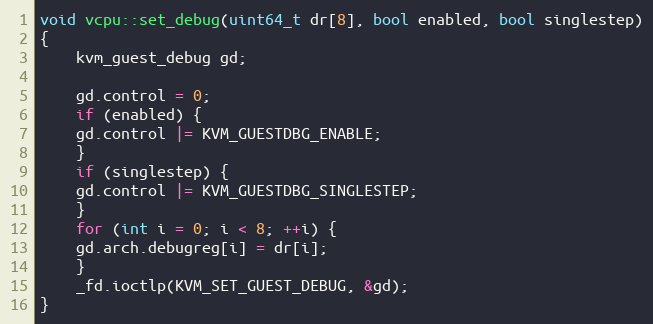
Language: C++
void vcpu::set_debug(uint64_t dr[8], bool enabled, bool singlestep)
{
    kvm_guest_debug gd;

    gd.control = 0;
    if (enabled) {
	gd.control |= KVM_GUESTDBG_ENABLE;
    }
    if (singlestep) {
	gd.control |= KVM_GUESTDBG_SINGLESTEP;
    }
    for (int i = 0; i < 8; ++i) {
	gd.arch.debugreg[i] = dr[i];
    }
    _fd.ioctlp(KVM_SET_GUEST_DEBUG, &gd);
}